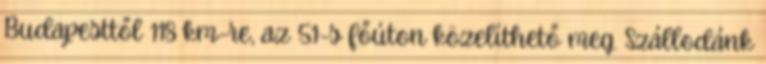
Budapesttől 118 km-re, az 51-s főúton közelíthető meg. Szállodánk